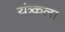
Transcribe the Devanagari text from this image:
यंत्र्कला